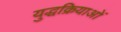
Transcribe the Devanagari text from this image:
युद्धक्रियाओं